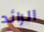
الرائد